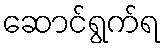
ဆောင်ရွက်ရ